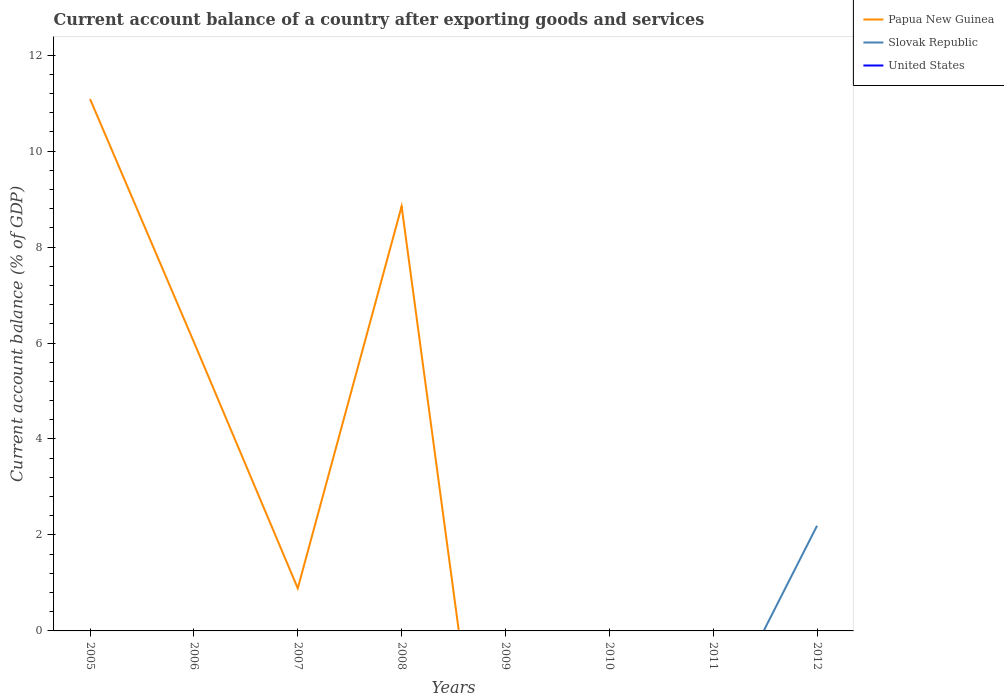
| Years | Papua New Guinea | Slovak Republic | United States |
 | --- | --- | --- | --- |
 | 2005 | 11.1 | -6.41 | -5.69 |
 | 2006 | 6.02 | -5.59 | -5.82 |
 | 2007 | 0.888 | -4.77 | -4.96 |
 | 2008 | 8.85 | -6.18 | -4.69 |
 | 2009 | -7.22 | -3.57 | -2.66 |
 | 2010 | -6.52 | -3.63 | -2.95 |
 | 2011 | -1.33 | -2.07 | -2.97 |
 | 2012 | -14.9 | 2.19 | -2.78 |